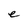
Character: e